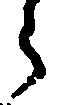
う